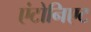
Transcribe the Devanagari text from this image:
एंटोनिएट